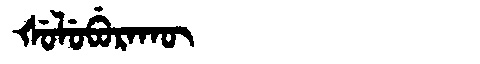
Manchu: ᡧᡠᠯᡠᠪᡠᡵᠠᡴᡡ
Romanization: ŠULUBURAKŪ